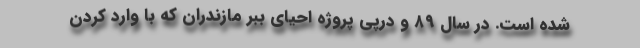
شده است. در سال ۸۹ و درپی پروژه احیای ببر مازندران که با وارد کردن